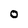
Character: O